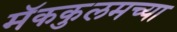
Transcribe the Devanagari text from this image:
मॅककुलमच्या